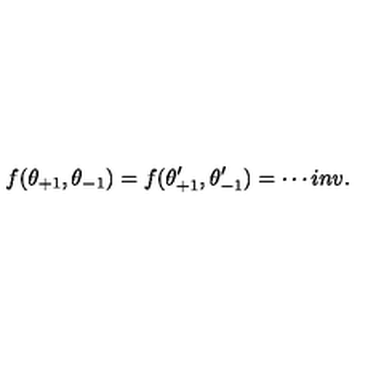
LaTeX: f ( \theta _ { + 1 } , \theta _ { - 1 } ) = f ( \theta _ { + 1 } ^ { \prime } , \theta _ { - 1 } ^ { \prime } ) = \cdots i n v .